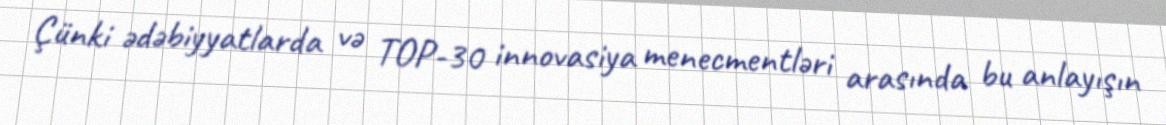
Çünki ədəbiyyatlarda və TOP-30 innovasiya menecmentləri arasında bu anlayışın